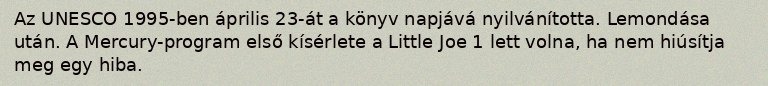
Az UNESCO 1995-ben április 23-át a könyv napjává nyilvánította. Lemondása után. A Mercury-program első kísérlete a Little Joe 1 lett volna, ha nem hiúsítja meg egy hiba.